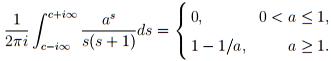
$$
\frac{1}{2 \pi i} \int_{c - i \infty}^{c + i \infty} \frac{a^{s}}{s(s + 1)} d s= \begin{cases}
0, & 0 < a \leq 1 \\
1 - 1 / a, & a \geq 1
\end{cases}
$$